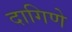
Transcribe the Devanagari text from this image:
दागिणे